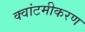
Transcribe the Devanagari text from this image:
क्वांटमीकरण